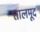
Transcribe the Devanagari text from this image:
तालमूद